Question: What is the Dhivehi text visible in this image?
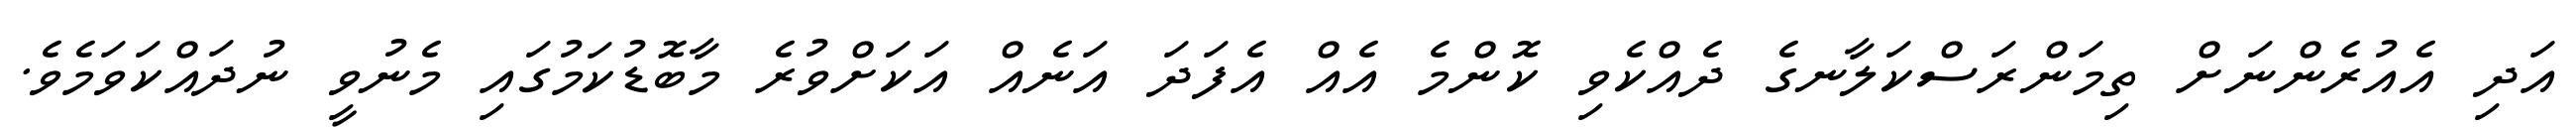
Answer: އަދި އެއުރެންނަށް ތިމަންރަސްކަލާނގެ ދެއްކެވި ކޮންމެ އެއް އެފަދަ އަނެއް އަކަށްވުރެ މާބޮޑުކަމުގައި މެނުވީ ނުދައްކަވަމެވެ.